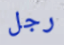
رجل